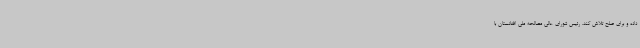
داده و برای صلح تلاش کند. رئیس شورای عالی مصالحه‌ ملی افغانستان با